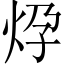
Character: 𱪹